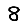
Digit: 8